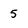
Character: 5